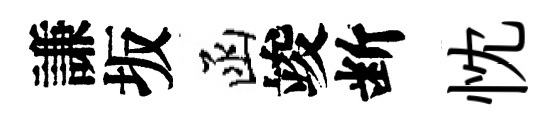
謙坂函竣断忱